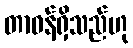
တာဝန်ရှိသည်ဟု